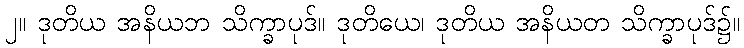
၂။ ဒုတိယ အနိယဘ သိက္ခာပုဒ်။ ဒုတိယေ၊ ဒုတိယ အနိယတ သိက္ခာပုဒ်၌။